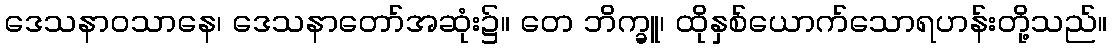
ဒေသနာဝသာနေ၊ ဒေသနာတော်အဆုံး၌။ တေ ဘိက္ခူ၊ ထိုနှစ်ယောက်သောရဟန်းတို့သည်။